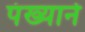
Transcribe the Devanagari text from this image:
पंख्याने